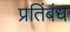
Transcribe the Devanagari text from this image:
प्रतिंबंध